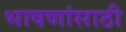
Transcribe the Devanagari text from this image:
भाषणांसाठी